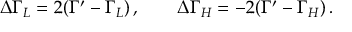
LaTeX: \Delta \Gamma _ { L } = 2 ( \Gamma ^ { \prime } - \Gamma _ { L } ) \, , \qquad \Delta \Gamma _ { H } = - 2 ( \Gamma ^ { \prime } - \Gamma _ { H } ) \, .